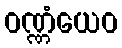
ဝဏ္ဏံယေဝ